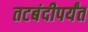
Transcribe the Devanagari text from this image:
तटबंदीपर्यंत